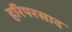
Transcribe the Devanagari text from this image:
हरिपरसाद